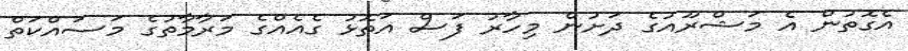
އެގޮތުން އެ މަޝްރޫއުގެ ދަށުން މިހާރު ފަސް އަތޮޅު ގެއެއްގެ މަރާމާތުގެ މަސައްކަތް